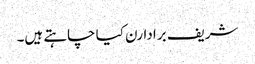
شریف برادارن کیا چاہتے ہیں۔